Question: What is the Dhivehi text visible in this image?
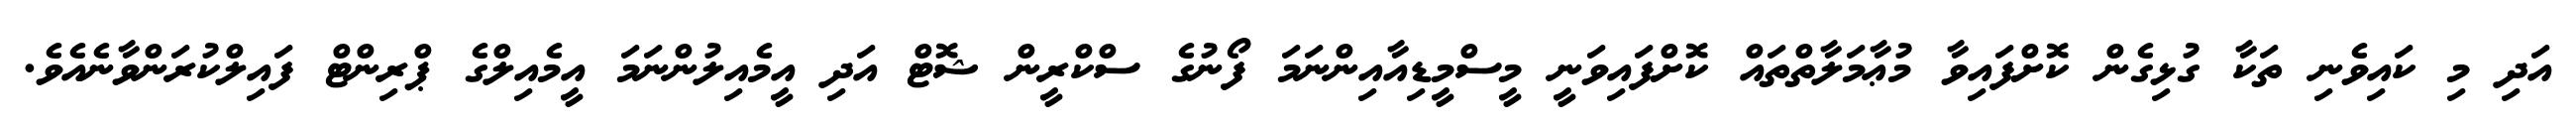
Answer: އަދި މި ކައިވެނި ތަކާ ގުޅިގެން ކޮށްފައިވާ މުޢާމަލާތްތައް ކޮށްފައިވަނީ މީސްމީޑިއާއިންނަމަ ފޯނުގެ ސްކްރީން ޝޮޓް އަދި އީމެއިލުންނަމަ އީމެއިލްގެ ޕްރިންޓް ފައިލްކުރަންވާނެއެވެ.